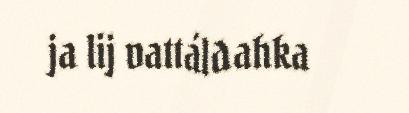
ja lij vattáldahka